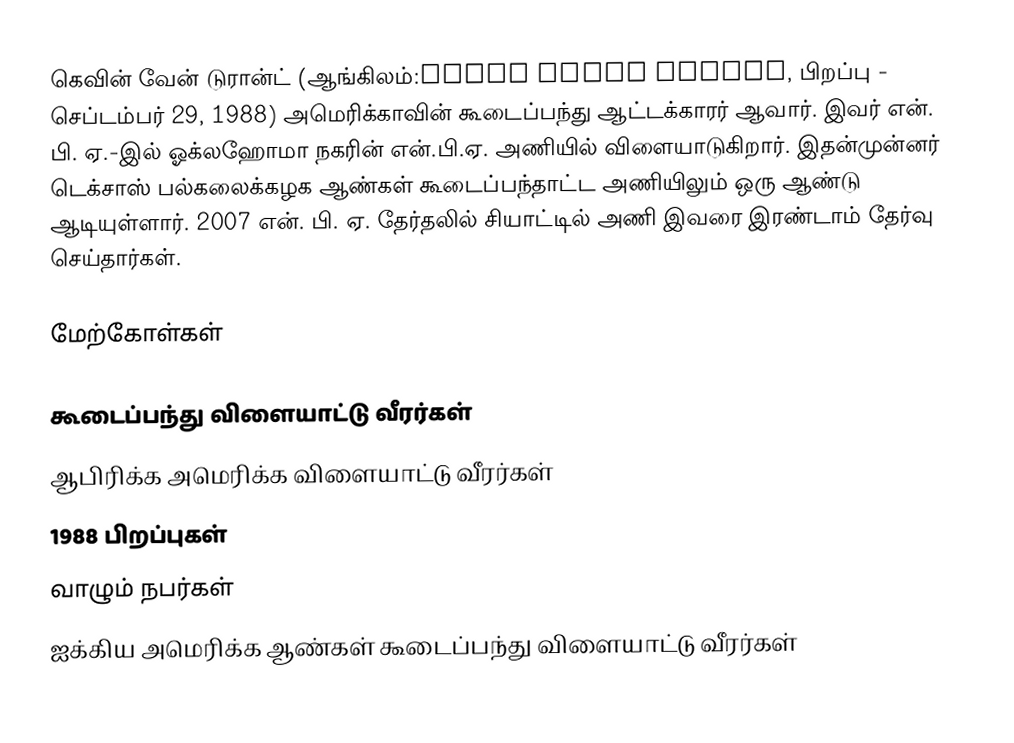
கெவின் வேன் டுரான்ட் (ஆங்கிலம்:Kevin Wayne Durant, பிறப்பு - செப்டம்பர் 29, 1988) அமெரிக்காவின் கூடைப்பந்து ஆட்டக்காரர் ஆவார்.  இவர் என். பி. ஏ.-இல் ஓக்லஹோமா நகரின் என்.பி.ஏ. அணியில் விளையாடுகிறார். இதன்முன்னர் டெக்சாஸ் பல்கலைக்கழக ஆண்கள் கூடைப்பந்தாட்ட அணியிலும் ஒரு ஆண்டு ஆடியுள்ளார். 2007 என். பி. ஏ. தேர்தலில் சியாட்டில் அணி இவரை இரண்டாம் தேர்வு செய்தார்கள்.

மேற்கோள்கள்

கூடைப்பந்து விளையாட்டு வீரர்கள்
ஆபிரிக்க அமெரிக்க விளையாட்டு வீரர்கள்
1988 பிறப்புகள்
வாழும் நபர்கள்
ஐக்கிய அமெரிக்க ஆண்கள் கூடைப்பந்து விளையாட்டு வீரர்கள்